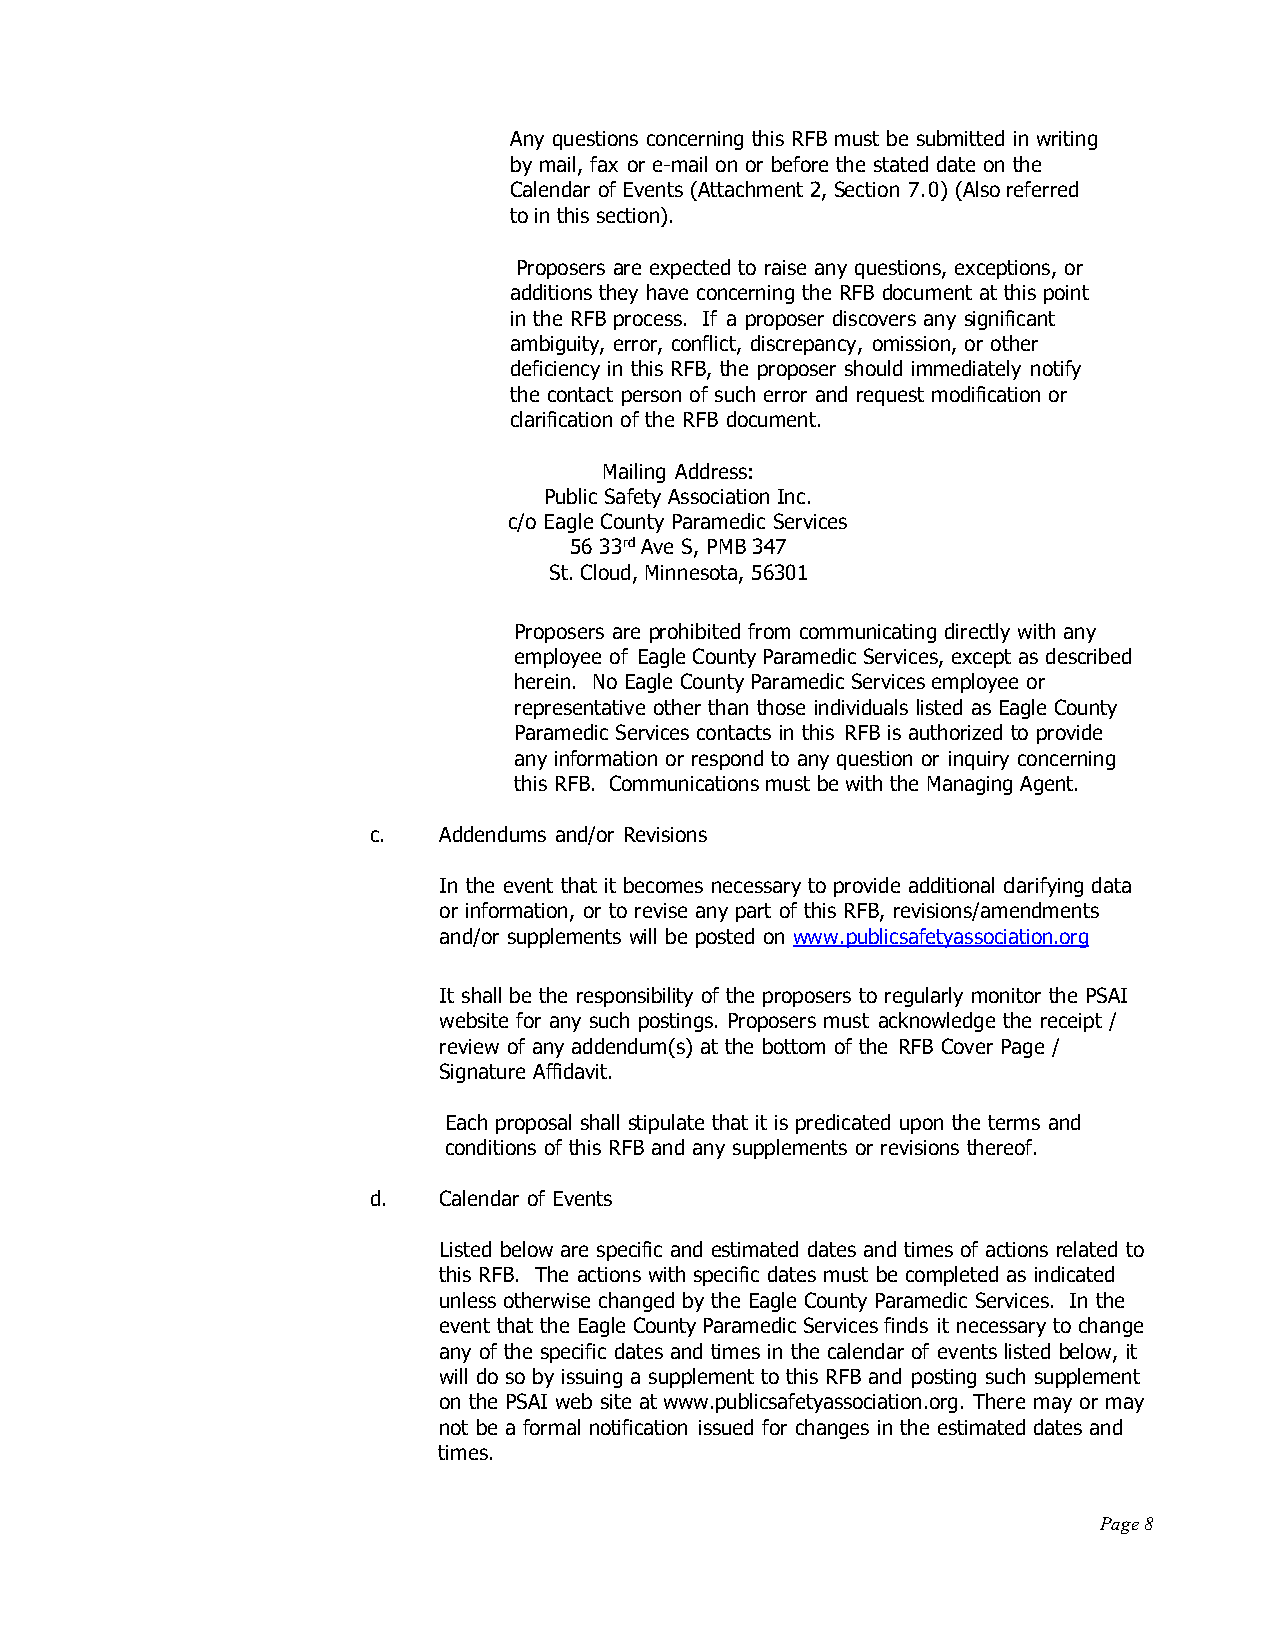
Any questions concerning this RFB must be submitted in writing
 by mail, fax or e-mail on or before the stated date on the
 Calendar of Events (Attachment 2, Section 7.0) (Also referred
 to in this section).
 Proposers are expected to raise any questions, exceptions, or
 additions they have concerning the RFB document at this point
 in the RFB process. If a proposer discovers any significant
 ambiguity, error, conflict, discrepancy, omission, or other
 deficiency in this RFB, the proposer should immediately notify
 the contact person of such error and request modification or
 clarification of the RFB document.
 Mailing Address:
 Public Safety Association Inc.
 c/o Eagle County Paramedic Services
 56 33rd Ave S, PMB 347
 St. Cloud, Minnesota, 56301
 Proposers are prohibited from communicating directly with any
 employee of Eagle County Paramedic Services, except as described
 herein. No Eagle County Paramedic Services employee or
 representative other than those individuals listed as Eagle County
 Paramedic Services contacts in this RFB is authorized to provide
 any information or respond to any question or inquiry concerning
 this RFB. Communications must be with the Managing Agent.
 c.   Addendums and/or Revisions
 In the event that it becomes necessary to provide additional clarifying data
 or information, or to revise any part of this RFB, revisions/amendments
 and/or supplements will be posted on www.publicsafetyassociation.org
 It shall be the responsibility of the proposers to regularly monitor the PSAI
 website for any such postings. Proposers must acknowledge the receipt /
 review of any addendum(s) at the bottom of the RFB Cover Page /
 Signature Affidavit.
 Each proposal shall stipulate that it is predicated upon the terms and
 conditions of this RFB and any supplements or revisions thereof.
 d.   Calendar of Events
 Listed below are specific and estimated dates and times of actions related to
 this RFB. The actions with specific dates must be completed as indicated
 unless otherwise changed by the Eagle County Paramedic Services. In the
 event that the Eagle County Paramedic Services finds it necessary to change
 any of the specific dates and times in the calendar of events listed below, it
 will do so by issuing a supplement to this RFB and posting such supplement
 on the PSAI web site at www.publicsafetyassociation.org. There may or may
 not be a formal notification issued for changes in the estimated dates and
 times.
 Page 8